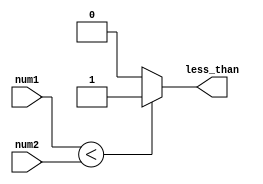
module less_than_comparator (
    input [31:0] num1,
    input [31:0] num2,
    output reg less_than
);

always @ (*) begin
    if (num1 < num2) begin
        less_than = 1;
    end else begin
        less_than = 0;
    end
end

endmodule